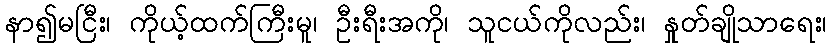
နာ၍မငြီး၊ ကိုယ့်ထက်ကြီးမူ၊ ဦးရီးအကို၊ သူငယ်ကိုလည်း၊ နှုတ်ချိုသာရေး၊